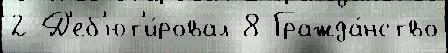
2 Д'еб'ют'и́ровал 8 Гражда́нство